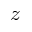
z